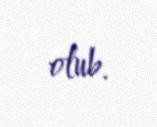
olub.